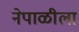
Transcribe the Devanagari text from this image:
नेपाळीला